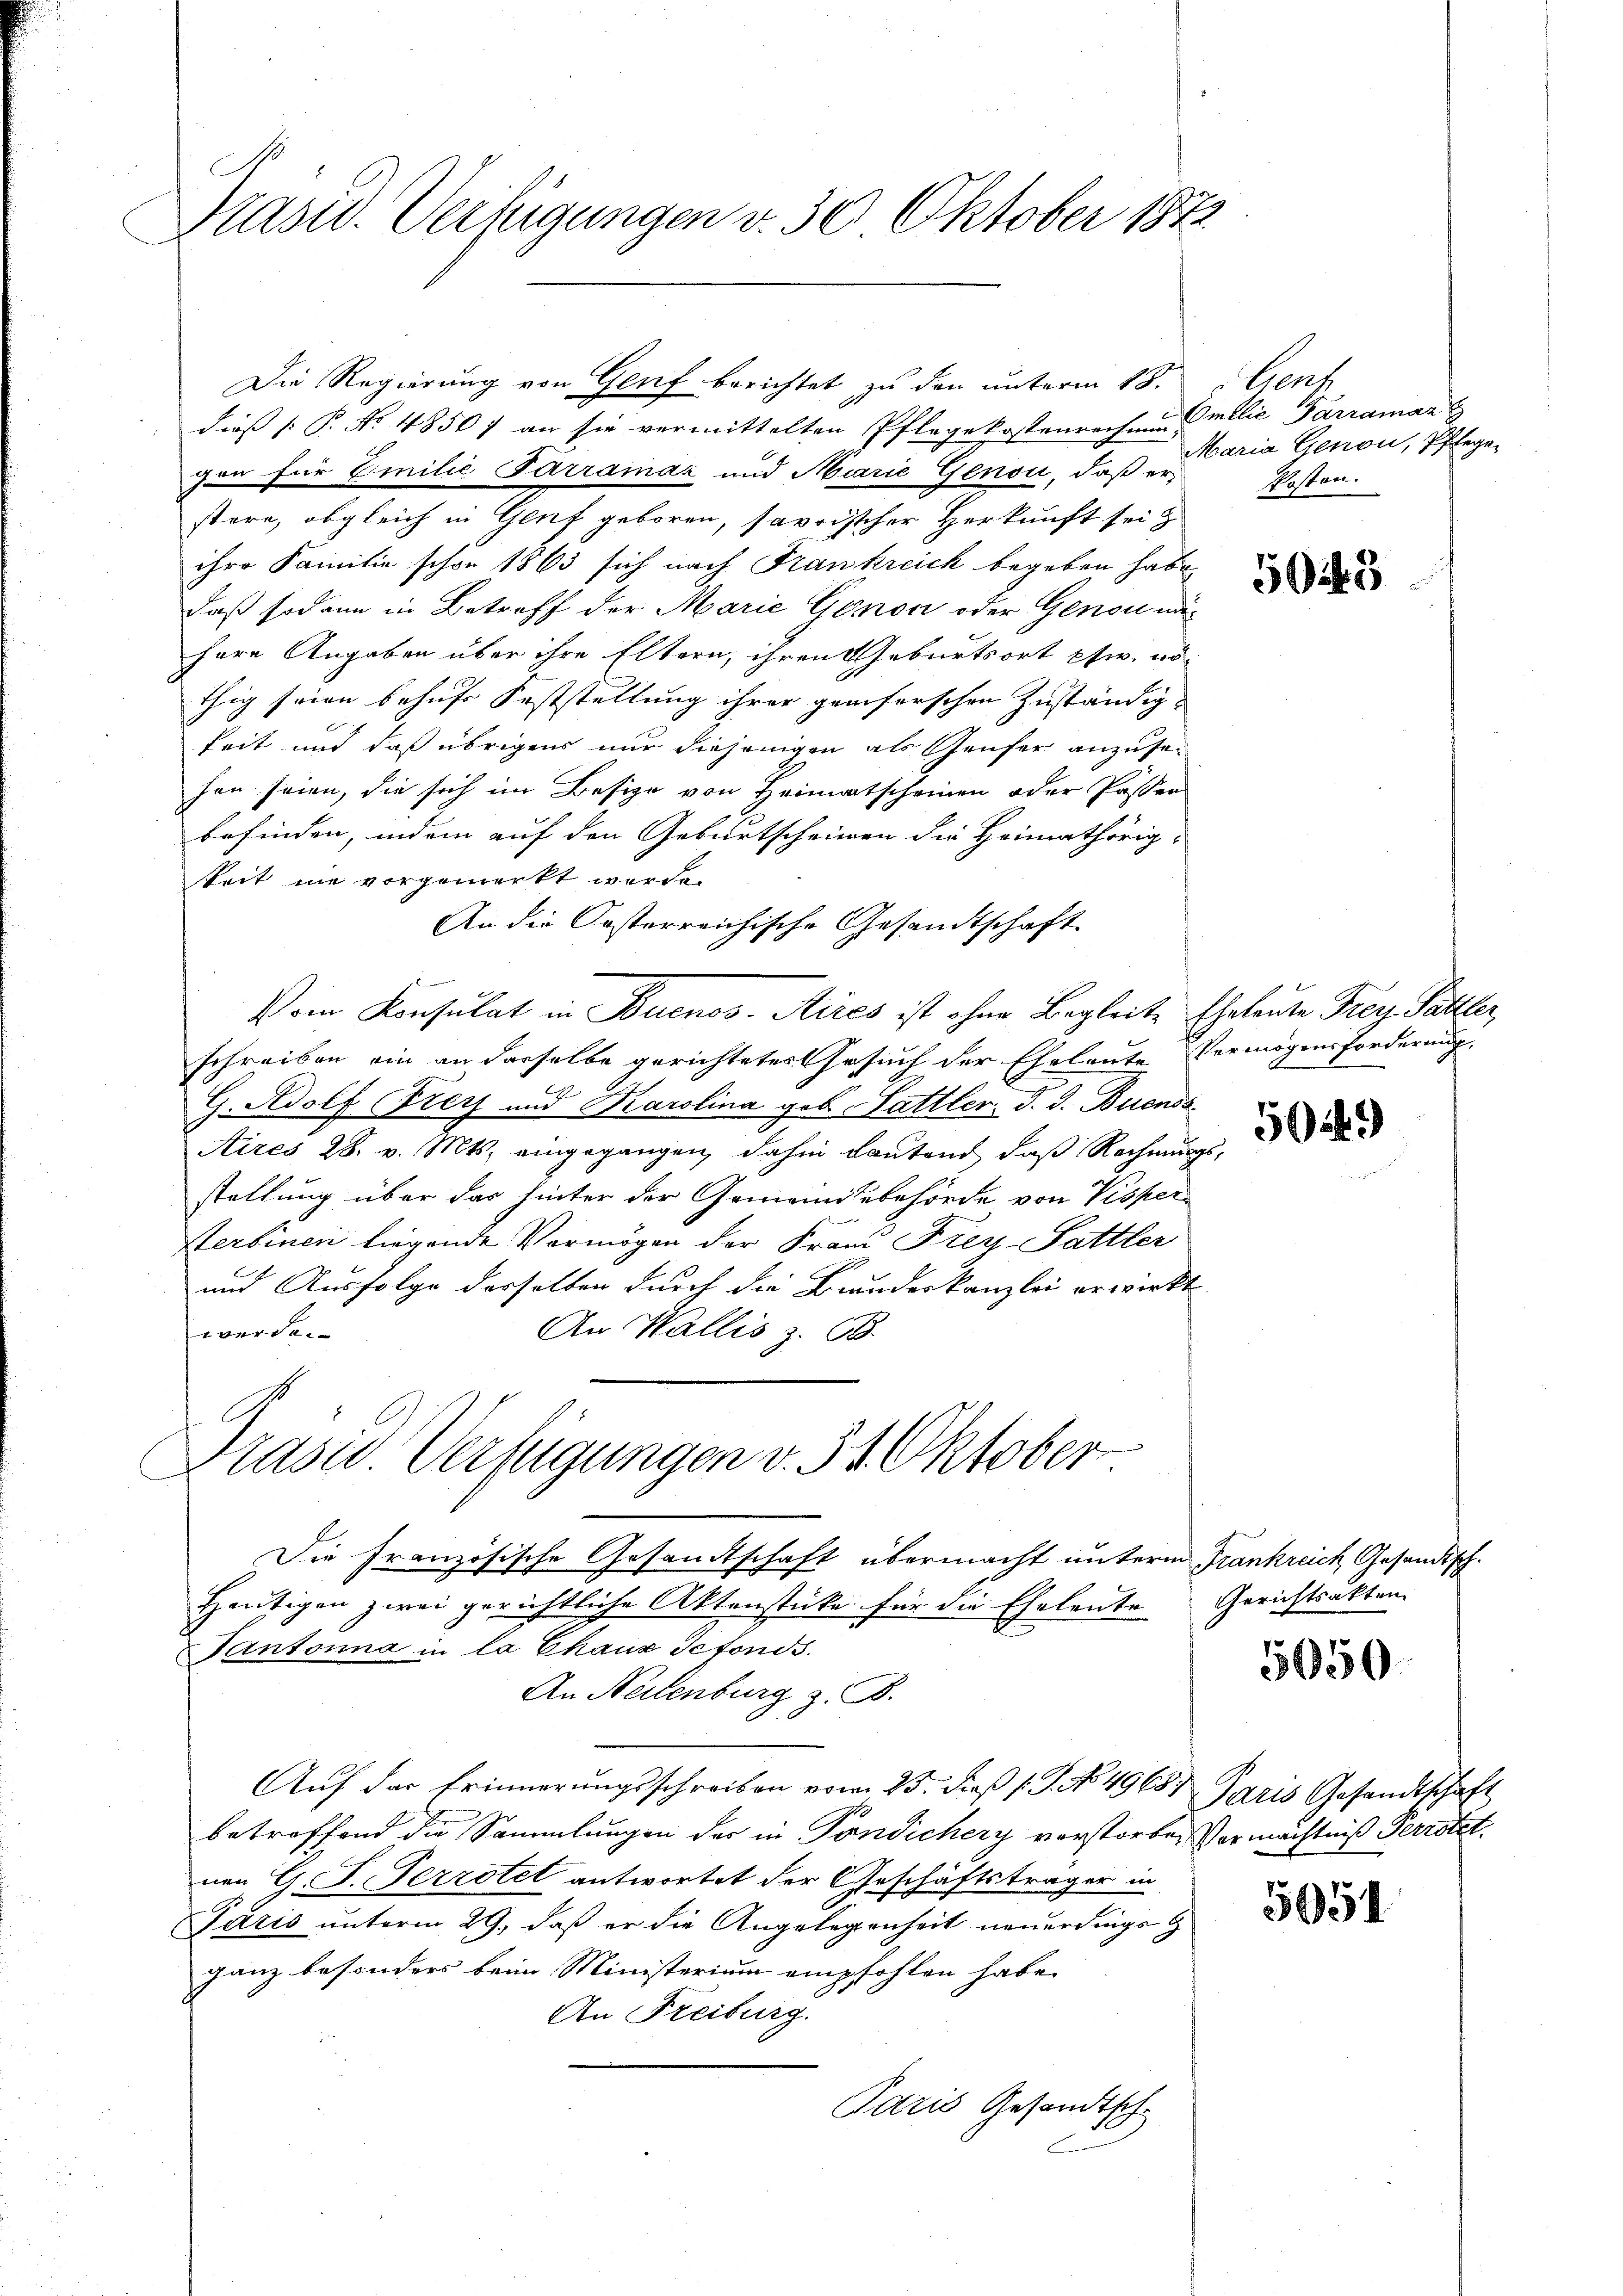
Drasu. Verfügungen v. 30. Oktober 1872

dieß P. Nr. 4850) an sie vermittelten Pflege kostenrechen milie Parraman
gen für Emilie Parramar und Marie Genon, daß er
stere, obgleich in Genf geboren, savoischer Herkunft sei z
ihre Familie schon 1863 sich nach Frankreich begeben habe
daß sodann in Betreff der Marie Genos oder Genou nähere Angaben über ihre Eltern, ihren Geburtsort pfw. no
thig seien behufs Feststellung ihrer geeiferschen Zuständigkeit und daß übrigens nur diejenigen als Genfer anzusehan seien, die sich im Besize von Heimatscheinen oder Passen
befinden, indem auf den Geburtscheinen die Heimathörig-
skeit nie vorgemerkt werde.
An die Oesterreichische Gesandtschaft
1
Vom Konsulat in Buenos-Aires ist ohne Begleite Eheleute Frey Pattler,
schreiben ein an derselbe gerichteter Gesuch der Eheleute Vermögensforderung
G. Adolf Frey und Karolina geb. Sattler, d. d. Buensa
Aires 28. v. Mts. eingegangen, dahin Lautend, daß Rechnungsstellung über das hinter der Gemeindebehörde von Visper¬
Sterbinen liegende Vermögen der Frand Frey-Sattler
r
und Ausfolge desselben durch die Brandeskanzlei erwirkt
An Wallis Z. 68.
werde.

Die Regierung von Genf berichtet zu den unterm 18.

Die französische Gesandtschaft übermacht unterm Frankreich Gesandtheutigen zwei gerichtliche Aktenstücke für die Eheleute Gerichtsakten.
Gantonna in la Chaux Tefonds.
An Neilenburg z. B.
Aŭf der Erinnerŭngsschreiben vom 25. dieβ (G. No. 4968) Paris Gesandtschaft
betroffend die Sammlungen der in Fondichery vorstorben Vermächtniß Perrotet
nen G. J. Ferratet antwortet der Geschäftsträger in
Paris unterm 29. daß er die Angelegenheit neuerdings z
ganz besonders beim Ministerium empfohlen habe.
An Freiburg.
Paris Gesandtsch

Prasis Verfügungen v. 31. Oktober

Sent
Maria Genon, Pflege
Posten.

5043

5014.)

5050

5051

.

2